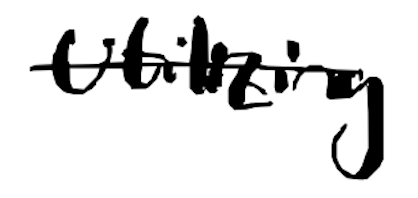
Text: utilizing
Cross-out: single-line
Writing tool: digital_black